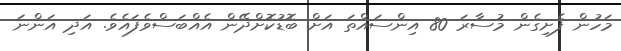
މަހުން ފެށިގެން މުސާރަ 80 އިންސައްތަ އަށް ބޮޑުކޮށްދޭން އެއްބަސްވެފައެވެ. އަދި އަންނަ